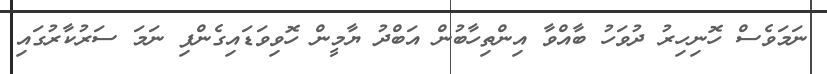
ނަމަވެސް ހޮނިހިރު ދުވަހު ބާއްވާ އިންތިހާބުން އަބްދު ޔާމީން ހޮވިވަޑައިގެންފި ނަމަ ސަރުކާރުގައި